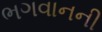
ભગવાનની